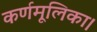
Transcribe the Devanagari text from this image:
कर्णमूलिका।